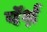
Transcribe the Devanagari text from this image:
पॅर्थ़